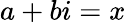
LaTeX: a+bi=x